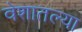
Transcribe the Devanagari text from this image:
वेशातल्या